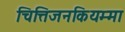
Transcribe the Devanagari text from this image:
चित्तिजनकियम्मा